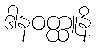
ဒါနဝတ္ထူနိ